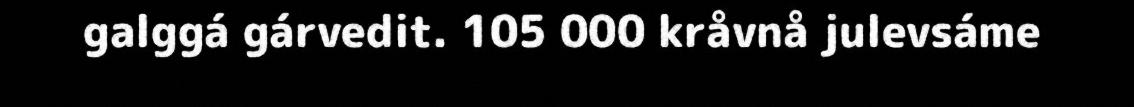
galggá gárvedit. 105 000 kråvnå julevsáme